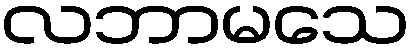
လဘာမသေ